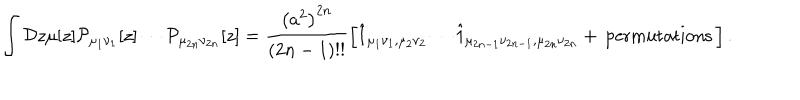
\int { \cal D } z \mu [ z ] { \cal P } _ { \mu _ { 1 } \nu _ { 1 } } [ z ] \cdots { \cal P } _ { \mu _ { 2 n } \nu _ { 2 n } } [ z ] = \frac { \left( a ^ { 2 } \right) ^ { 2 n } } { ( 2 n - 1 ) ! ! } \left[ \hat { 1 } _ { \mu _ { 1 } \nu _ { 1 } , \mu _ { 2 } \nu _ { 2 } } \cdots \hat { 1 } _ { \mu _ { 2 n - 1 } \nu _ { 2 n - 1 } , \mu _ { 2 n } \nu _ { 2 n } } + { \, } \mathrm { p e r m u t a t i o n s } { \, } \right] .